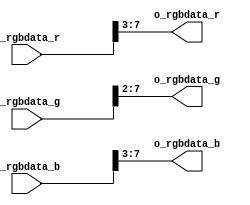
module RGB_888TO565(
    input        [7:0]       i_rgbdata_r,
    input        [7:0]       i_rgbdata_g,
    input        [7:0]       i_rgbdata_b,
    output       [4:0]       o_rgbdata_r,
    output       [5:0]       o_rgbdata_g,
    output       [4:0]       o_rgbdata_b
);
    assign      o_rgbdata_r = {i_rgbdata_r[7:3]};
    assign      o_rgbdata_g = {i_rgbdata_g[7:2]};
    assign      o_rgbdata_b = {i_rgbdata_b[7:3]};

endmodule